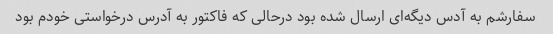
سفارشم به آدس دیگه‌ای ارسال شده بود درحالی که فاکتور به آدرس درخواستی خودم بود